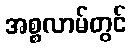
အစ္စလာမ်တွင်